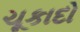
ચૂકાદો